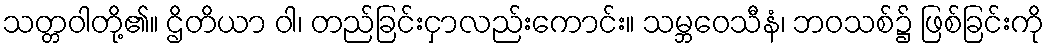
သတ္တဝါတို့၏။ ဌိတိယာ ဝါ၊ တည်ခြင်းငှာလည်းကောင်း။ သမ္ဘဝေသီနံ၊ ဘဝသစ်၌ ဖြစ်ခြင်းကို